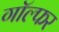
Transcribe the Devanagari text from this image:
गॉल्फर